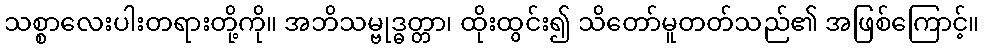
သစ္စာလေးပါးတရားတို့ကို။ အဘိသမ္ဗုဒ္ဓတ္တာ၊ ထိုးထွင်း၍ သိတော်မူတတ်သည်၏ အဖြစ်ကြောင့်။